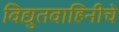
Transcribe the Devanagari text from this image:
विद्युतवाहिनीचे